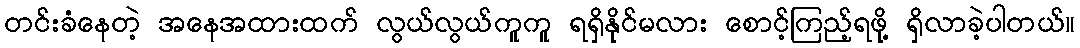
တင်းခံနေတဲ့ အနေအထားထက် လွယ်လွယ်ကူကူ ရရှိနိုင်မလား စောင့်ကြည့်ရဖို့ ရှိလာခဲ့ပါတယ်။